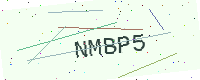
Text: NMBP5